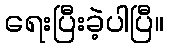
ရေးပြီးခဲ့ပါပြီ။